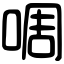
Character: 啁